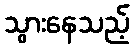
သွားနေသည့်